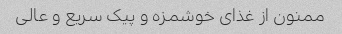
ممنون از غذاى خوشمزه و پیک سریع و عالى